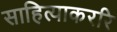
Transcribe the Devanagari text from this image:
साहित्याकररि